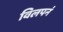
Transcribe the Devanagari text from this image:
विलपनं